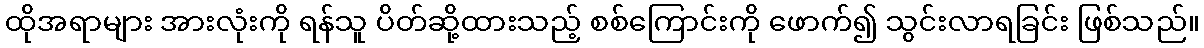
ထိုအရာများ အားလုံးကို ရန်သူ ပိတ်ဆို့ထားသည့် စစ်ကြောင်းကို ဖောက်၍ သွင်းလာရခြင်း ဖြစ်သည်။